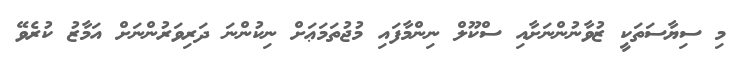
މި ސިޔާސަތަކީ ޒުވާނުންނަށާއި ސްކޫލް ނިންމާފައި މުޖުތަމަޢަށް ނިކުންނަ ދަރިވަރުންނަށް އަމާޒު ކުރެވޭ